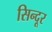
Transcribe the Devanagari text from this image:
सिन्‍दूर